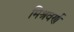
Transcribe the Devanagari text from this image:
मिश्रवर्ण